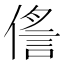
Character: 㑾